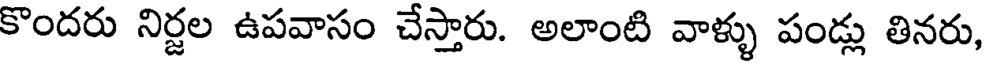
కొందరు నిర్జల ఉపవాసం చేస్తారు. అలాంటి వాళ్ళు పండ్లు తినరు,